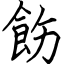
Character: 飭